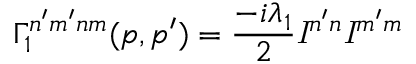
\Gamma _ { 1 } ^ { n ^ { \prime } m ^ { \prime } n m } ( p , p ^ { \prime } ) = \frac { - i \lambda _ { 1 } } { 2 } { \it I } ^ { n ^ { \prime } n } { \it I } ^ { m ^ { \prime } m }